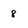
Character: 8